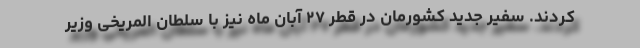
کردند. سفیر جدید کشورمان در قطر ۲۷ آبان ماه نیز با سلطان المریخی وزیر